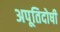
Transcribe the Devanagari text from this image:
अपूतिदोषी